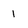
Character: 1